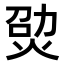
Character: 𤉎